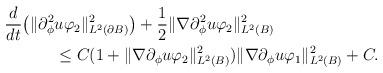
LaTeX: \begin{align*} \frac{d}{dt}\big(\|\partial^2_{\phi}&u\varphi_2\|^2_{L^2(\partial B)}\big) +\frac12\|\nabla\partial^2_{\phi}u\varphi_2\|^2_{L^2(B)}\\ &\le C(1+\|\nabla\partial_{\phi}u\varphi_2\|^2_{L^2(B)}) \|\nabla\partial_{\phi}u\varphi_1\|^2_{L^2(B)}+C. \end{align*}